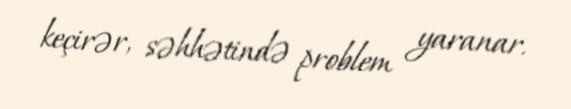
keçirər, səhhətində problem yaranar.